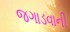
જગાડવાની